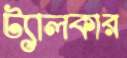
ট্যালকার